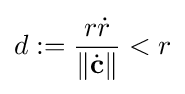
d:={\frac {r{\dot {r}}}{\|{\dot {\mathbf {c} }}\|}}<r